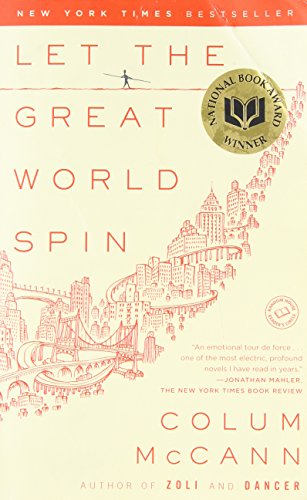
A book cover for Let the Great World Spin: A Novel; Colum McCann; Literature & Fiction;